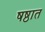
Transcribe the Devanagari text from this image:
षष्ठात